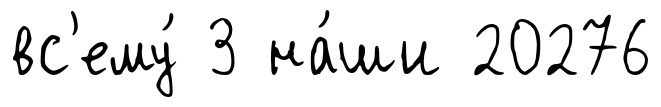
вс'ему́ 3 на́ши 20276